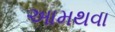
આમથવા